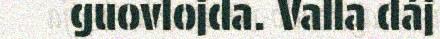
guovlojda. Valla dáj